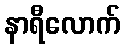
နာရီလောက်